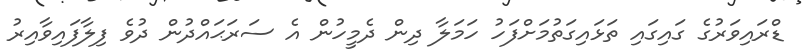
ޑްރައިވަރުގެ ގައިގައި ތަޅައިގަތުމަށްފަހު ހަމަލާ ދިން ދެމީހުން އެ ސަރަޙައްދުން ދުވެ ފިލާފައިވާއިރު